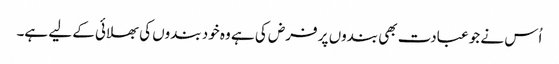
اُس نے جو عبادت بھی بندوں پر فرض کی ہے وہ خود بندوں کی بھلائی کے لیے ہے۔